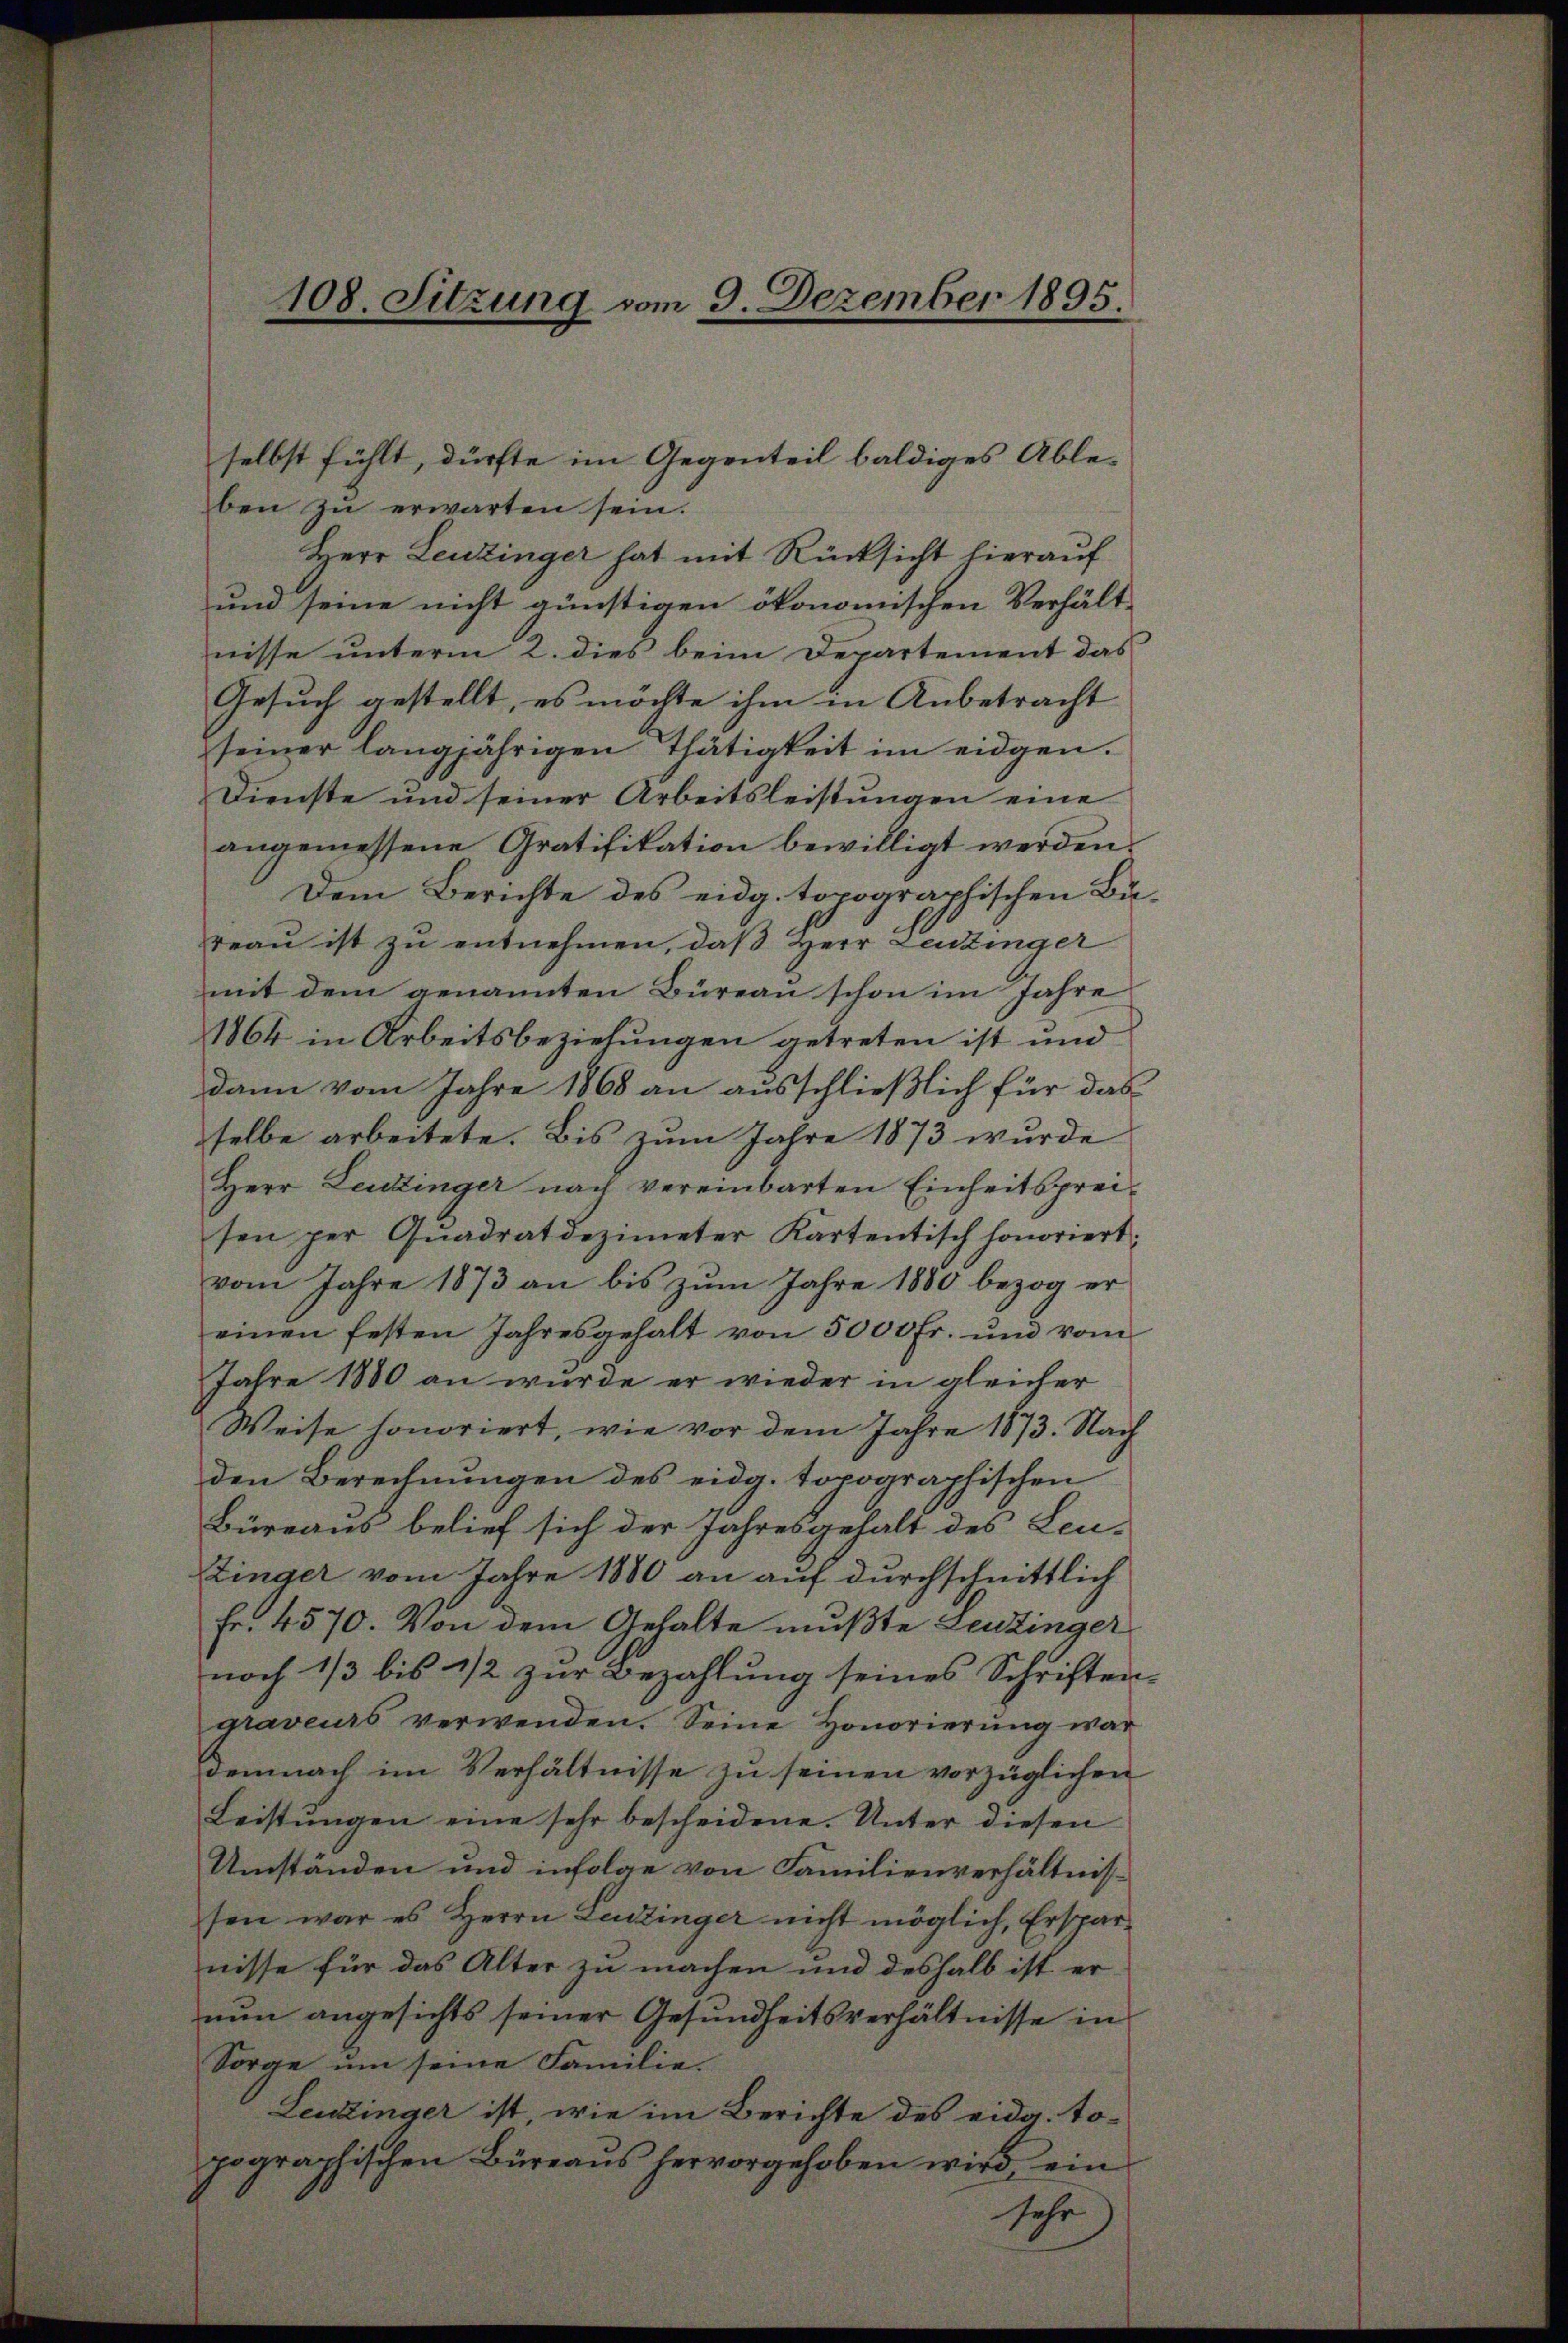
108. Sitzung vom 9. Dezember 1895.

ben zu erwarten sein.
Herr Leuzinger hat mit Rücksicht hierauf
und seine nicht günstigen ökonomischen Verhältnisse unterm 2. dies beim Departement das
Gesuch gestellt, es möchte ihm in Anbetracht
seiner langjährigen Thätigkeit im eidgen.
Dienste und seiner Arbeitsleistungen eine
angemessene Gratifikation bewilligt werden.
Dem Berichte des eidg. topographischen Bureau ist zu entnehmen, daß Herr Leuzinger
mit dem genannten Büreau schon im Jahre
1864 in Arbeitsbeziehungen getreten ist und
dann vom Jahre 1868 an ausschließlich für das
selbe arbeitete. Bis zum Jahre 1873 wurde
Herr Leuzinger nach vereinbarten Einheitspreisen per Quadratdezimeter Kartentisch honoriert;
vom Jahre 1873 an bis zum Jahre 1880 bezog er
einen festen Jahresgehalt von 5000 fr. und vom
Jahre 1800 an wurde er wieder in gleicher
Weise honoriert, wie vor dem Jahre 1873. Nach
den Berechnŭngen des eidg. topographischen
Büreaus belief sich der Jahresgehalt des Leu-
Zinger vom Jahre 1880 an auf durchschnittlich
Fr. 4570. Von dem Gehalte mußte Leuzinger
noch 1/3 bis 1/2 zur Bezahlung seines Schriften-
graves verwenden. Seine Honorierŭng war
demnach im Verhältnisse zu seinen vorzüglichen
Leistŭngen eine sehr bescheidene. Unter diesen
Umständen und infolge von Familienverhältnis-
sen war es Herrn Leuzinger nicht möglich, Ersparnisse für das Alter zu machen und deshalb ist ernun angesichts seiner Gesundheitsverhältnisse in
Sorge um seine Familie.
Leuzinger ist, wie im Berichte des eida. topographischen Büreaus hervorgehoben wird ein
sehr

selbst fühlt, dürfte im Gegenteil baldiges Able¬